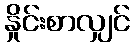
နှိုင်းစာလျှင်